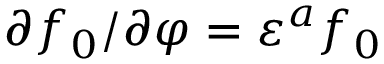
\partial f _ { 0 } / \partial \varphi = \varepsilon ^ { a } f _ { 0 }